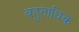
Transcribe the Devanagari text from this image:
बहुताधिक